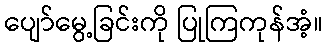
ပျော်မွေ့ခြင်းကို ပြုကြကုန်အံ့။